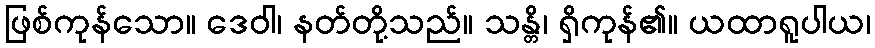
ဖြစ်ကုန်သော။ ဒေဝါ၊ နတ်တို့သည်။ သန္တိ၊ ရှိကုန်၏။ ယထာရူပါယ၊